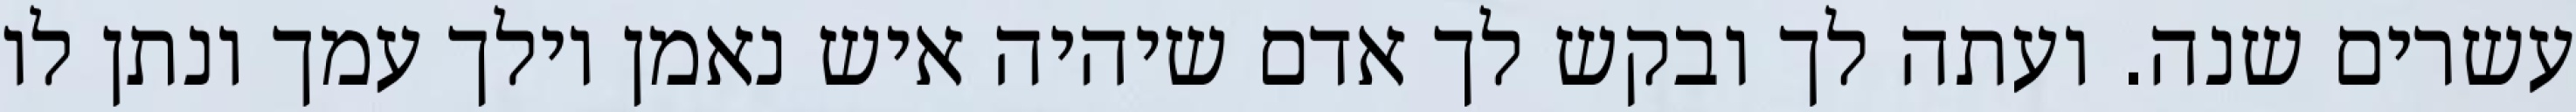
עשרים שנה. ועתה לך ובקש לך אדם שיהיה איש נאמן וילך עמך ונתן לו